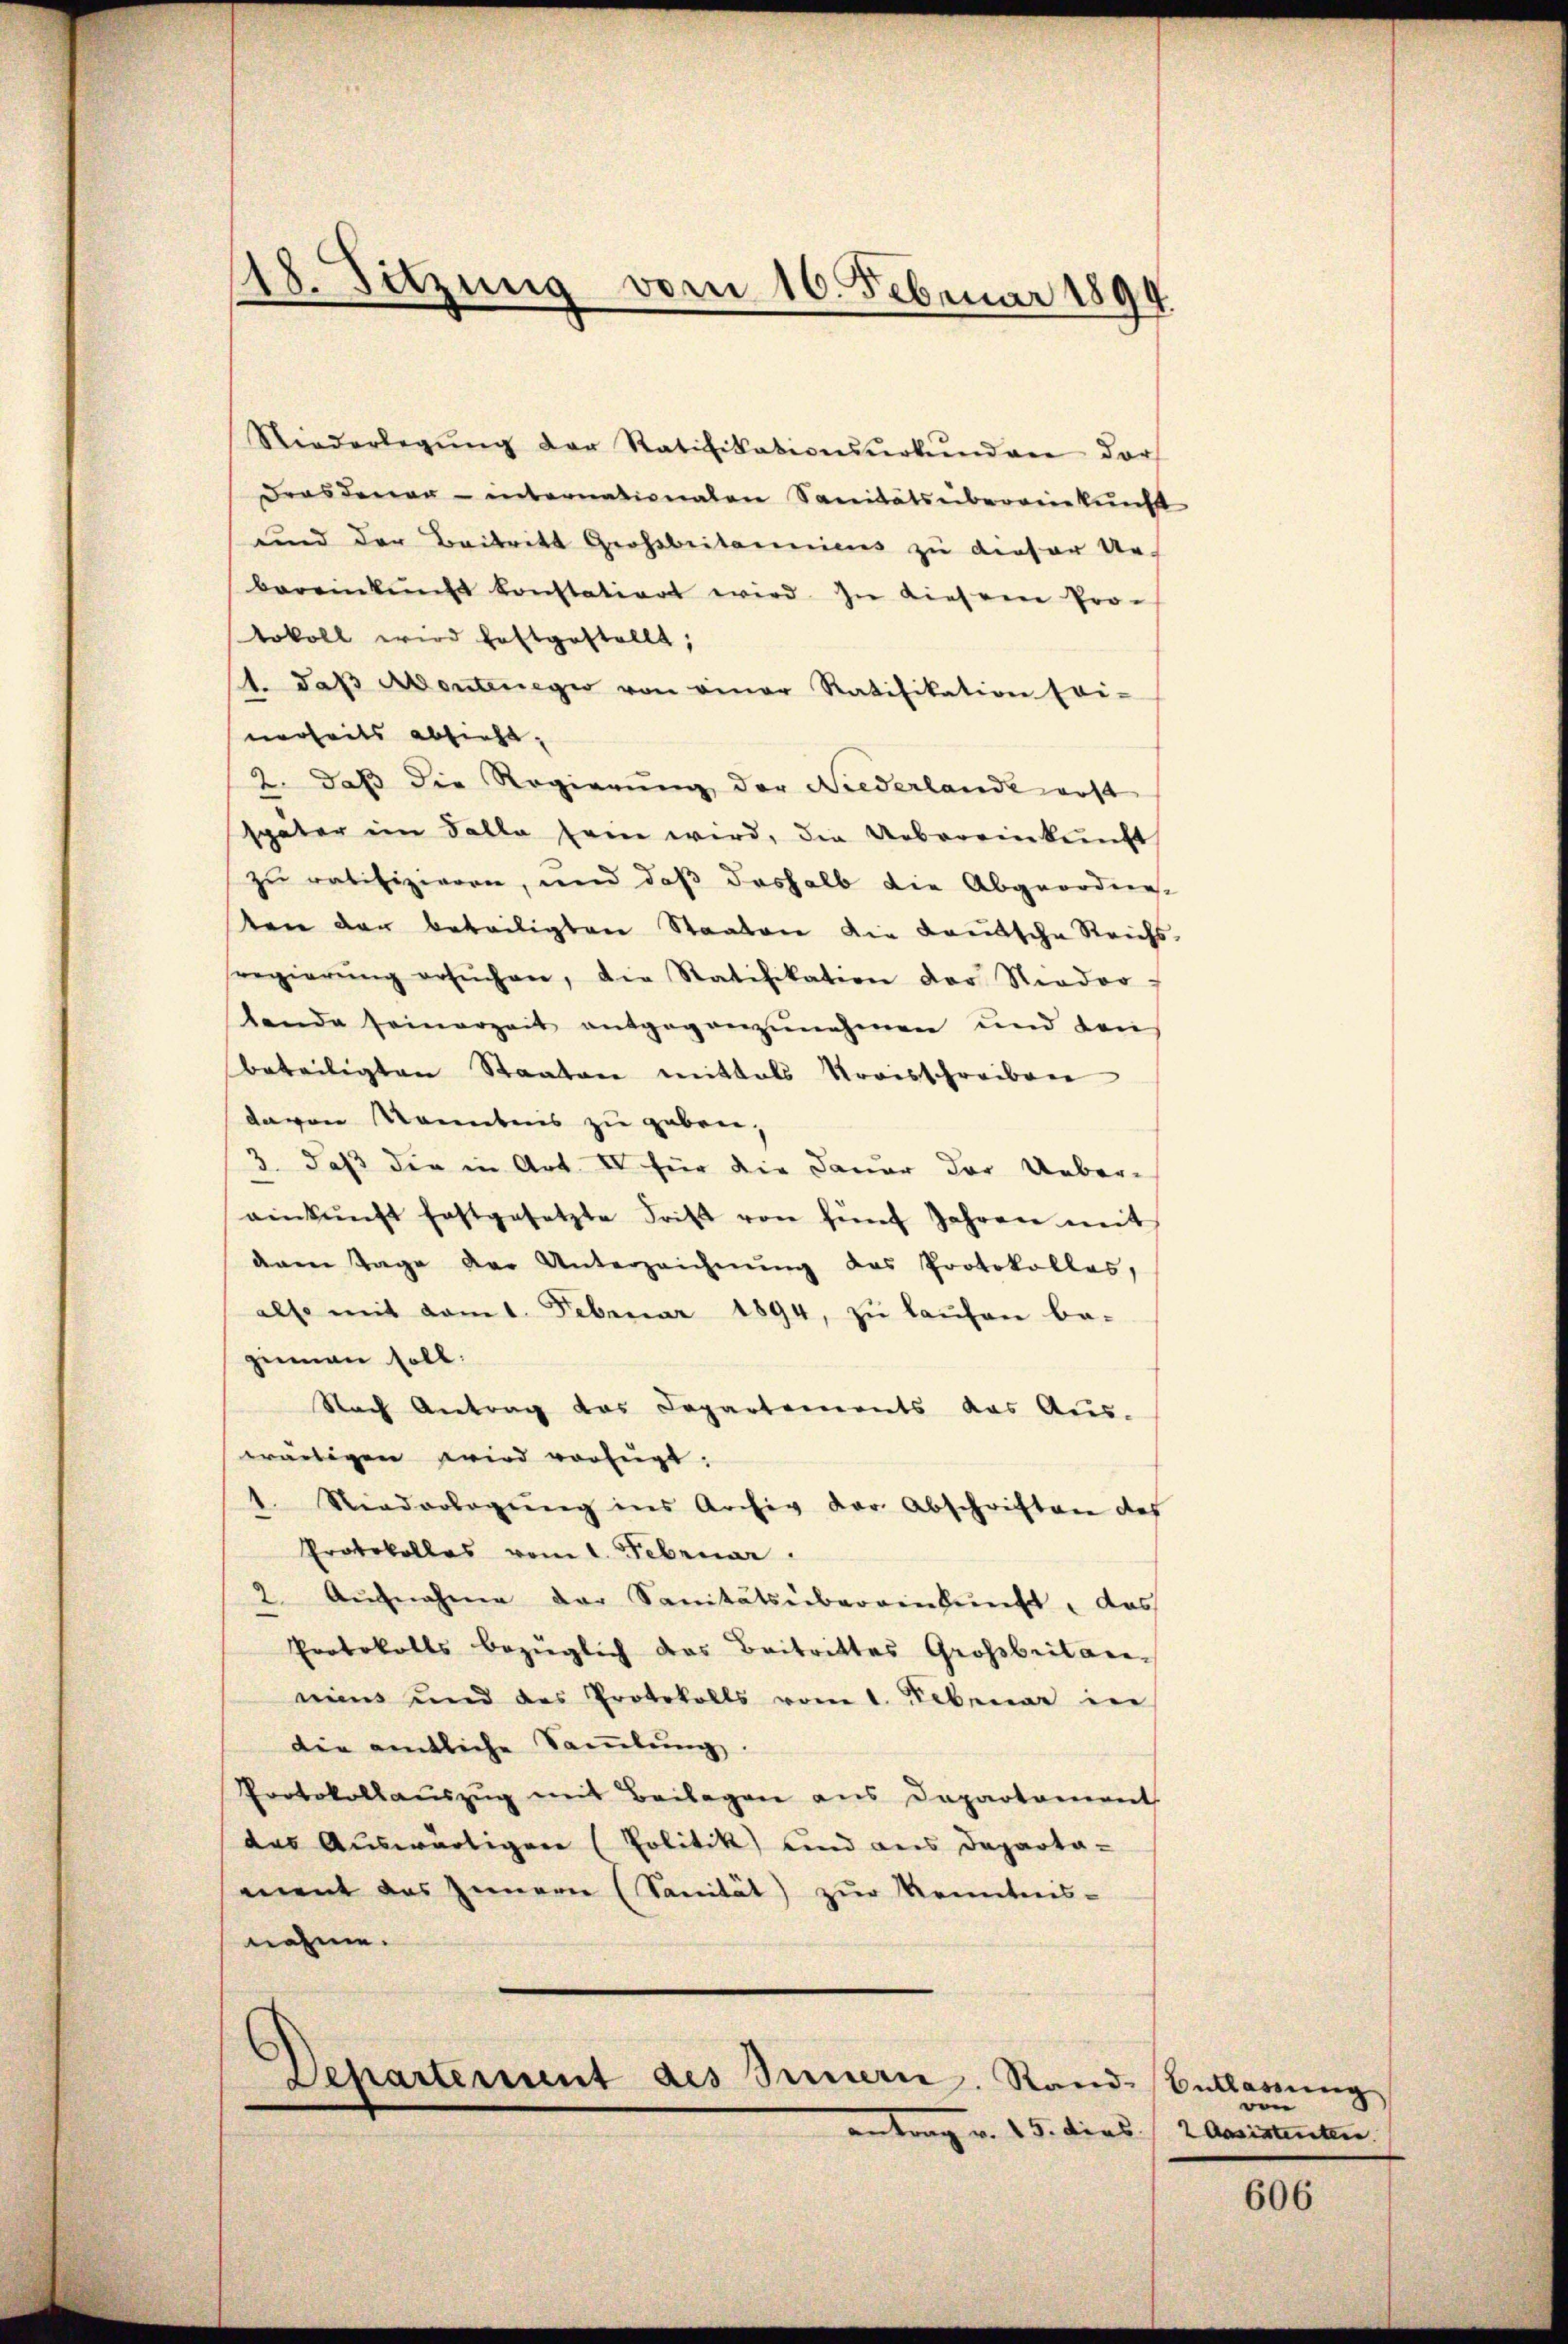
Niederlegŭng der Ratifikationsŭrkŭnden der
Dras denen - internationaten Sanitätsübereinkunft
und der Beitritt Grossbritanniens zu dieser Ur-
bereinkunft konstatiert wird. In diesene Pro-
tokoll wird haftgestellt;
1. daβ Abentenegio von einer Ratifikation sei-
nerheits absicht,
2. daß die Regierung der Niederlande erst
später im Falle sein wird, die Uebereinkunft
zu ratifizieren, und daß deshalb die Abgeordne-
ten der beteiligten Staaten die Lautsche Reichs-
regierŭng ersŭchen, die Ratifikation der Nieder-
tende seinerzeit entgegenzunehmen und den
beteiligten Staaten mittals Kreisschreiben
davon Kenntnis zu geben,
3. daß die in Art. IV für die Dauer der Ueber-
einkunft festgesetzte Frist von fünf Jahren mit
denen Tage der Unterzeichnŭng das Protokolles,
also mit vom 1. Februar 1894, zu laufen be-
zimmen soll.
Nach Antrag das Capartements das Aus-
wärtigen wird verfügt:
1. Niederlegung ins Archiv der Abschriften des
Protokolles vom 1. Februar.
2. Aŭfnahme der Sanitätsübereinkunft, das
Protokolls bezüglich das Beitrittes Großbritar-
niens und des Protokolls vom 1. Februar in
die amtliche Samlung.
Protokollaŭszŭg mit Beilagen aus Departament
das Auswärtigen (Politik und aus Departa-
ment das Innern (Sanität) zur Kenntnis-
nahme.

18. Sitzung vom 16. Februar 1894

Departement des Innern. Rand-
antrag v. 15. dies

Belassung
wen
2 Assistenten.

606